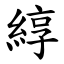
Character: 綧